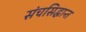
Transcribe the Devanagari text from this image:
संचसिद्धान्त